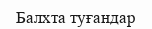
Балхта туғандар